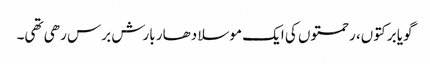
گویا برکتوں، رحمتوں کی ایک موسلا دھار بارش برس رھی تھی۔